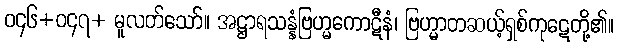
ဝ၄၆+ဝ၄၇+ မူလတ်သော်။ အဋ္ဌာရသန္နံဗြဟ္မကောဋီနံ၊ ဗြဟ္မာတဆယ့်ရှစ်ကုဋေတို့၏။